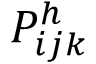
P _ { i j k } ^ { h }